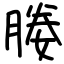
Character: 媵